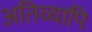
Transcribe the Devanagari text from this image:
अतिव्यापि